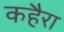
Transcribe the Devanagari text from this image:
कहैरा